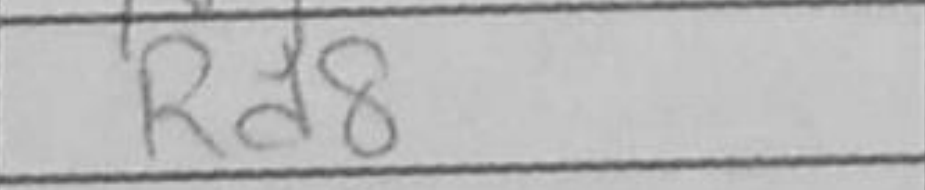
Transcription: Rd8